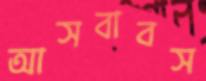
আসবাবস